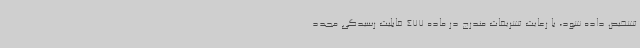
تشخیص داده شود، با رعایت تشریفات مندرج در ماده 477 قابلیت رسیدگی مجدد